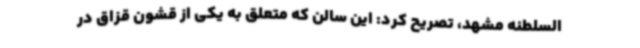
السلطنه مشهد، تصریح کرد: این سالن که متعلق به یکی از قشون قزاق در